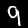
Digit: 9